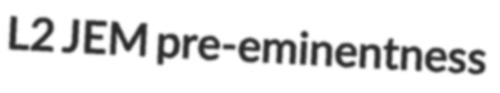
L2 JEM pre-eminentness